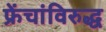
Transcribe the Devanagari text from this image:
फ्रेंचांविरुद्ध